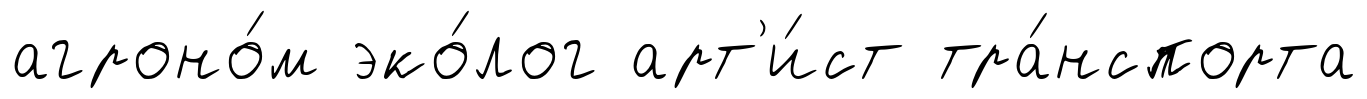
агроно́м эко́лог арт'и́ст тра́нспорта